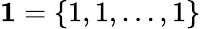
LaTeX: \mathbf{1}=\{ 1,1,\dots,1\}